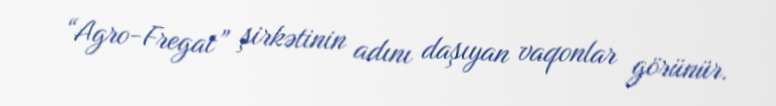
“Agro-Fregat” şirkətinin adını daşıyan vaqonlar görünür.